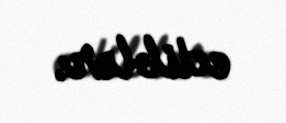
ediblər.